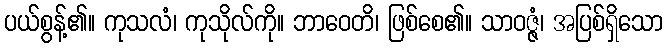
ပယ်စွန့်၏။ ကုသလံ၊ ကုသိုလ်ကို။ ဘာဝေတိ၊ ဖြစ်စေ၏။ သာဝဇ္ဇံ၊ အပြစ်ရှိသော